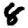
Digit: 8